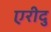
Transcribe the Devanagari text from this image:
एरीदु